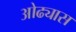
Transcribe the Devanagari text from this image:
ओढ्यास